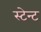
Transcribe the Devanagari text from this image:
स्टेन्ट